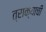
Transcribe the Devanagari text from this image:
त्राक्याची